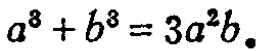
\(a^{8}+b^{8}=3a^{2}b_{\circ}\)